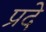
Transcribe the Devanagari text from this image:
प्रदे